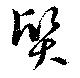
質